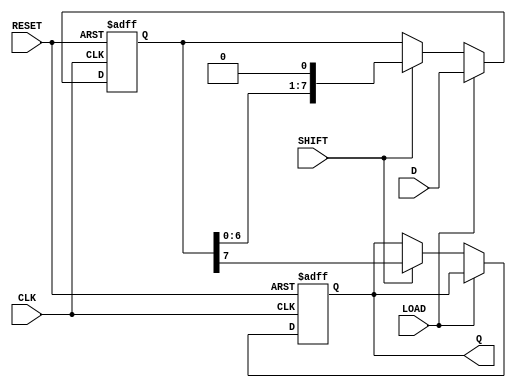
module PISO_Register #(
    parameter WIDTH = 8 // Define the width of the data input bus
) (
    input wire [WIDTH-1:0] D,     // Parallel data input
    output reg Q,                  // Serial output
    input wire LOAD,               // Load control
    input wire SHIFT,              // Shift control
    input wire CLK,                // Clock signal
    input wire RESET                // Asynchronous reset
);

    // Register array to hold the data
    reg [WIDTH-1:0] shift_reg;

    always @(posedge CLK or posedge RESET) begin
        if (RESET) begin
            // Clear the register on reset
            shift_reg <= {WIDTH{1'b0}};
            Q <= 1'b0;
        end else begin
            if (LOAD) begin
                // Load the data in parallel from input D
                shift_reg <= D;
            end else if (SHIFT) begin
                // Shift the data out serially
                Q <= shift_reg[WIDTH-1]; // MSB is shifted out
                shift_reg <= {shift_reg[WIDTH-2:0], 1'b0}; // Shift left
            end
        end
    end

endmodule